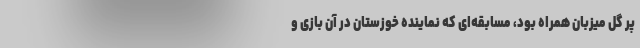
پُر گل میزبان همراه بود، مسابقه‌ای که نماینده خوزستان در آن بازی و